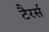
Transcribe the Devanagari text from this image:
टैरर्स